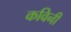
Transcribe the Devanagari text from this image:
कविनी